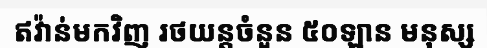
ឥវ៉ាន់មកវិញ រថយន្តចំនួន ៥០ឡាន មនុស្ស